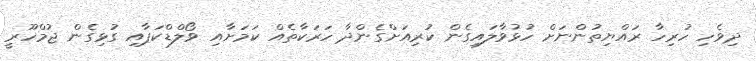
ދިވެހި ހުރިހާ ރައްޔިތުންނަށް ހުޅުވާލައިގެން ކުރިއަށްގެންދާ ހަރަކާތެއް ކަމަށާއި ވޯލްޑްކަޕާއި ގުޅިގެން ޖުމްހޫރީ